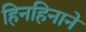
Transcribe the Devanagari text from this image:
हिनहिनाने